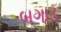
બગાડ